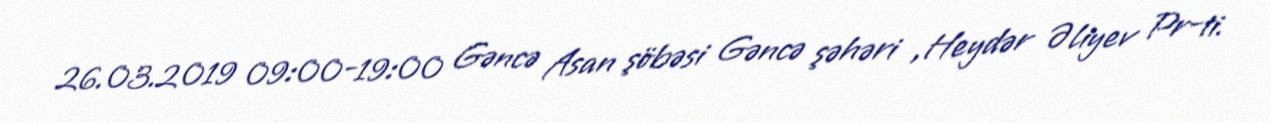
26.03.2019 09:00-19:00 Gəncə Asan şöbəsi Gəncə şəhəri ,Heydər Əliyev Pr-ti.